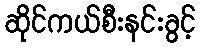
ဆိုင်ကယ်စီးနင်းခွင့်